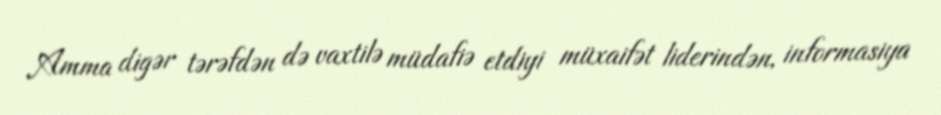
Amma digər tərəfdən də vaxtilə müdafiə etdiyi müxaifət liderindən, informasiya